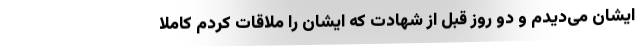
ایشان می‌دیدم و دو روز قبل از شهادت که ایشان را ملاقات کردم کاملا